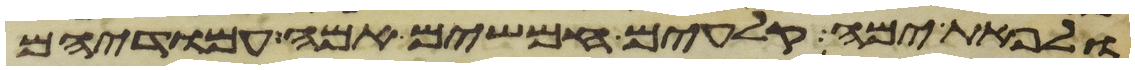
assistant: ולפאת ימה קלעים חמשים אמה עמודיהם